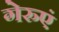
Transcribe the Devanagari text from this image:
गेरुएं